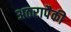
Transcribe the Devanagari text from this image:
अठरापैकी